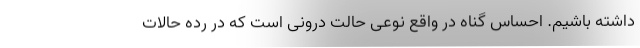
داشته باشیم. احساس گناه در ‌واقع نوعی حالت درونی است که در رده حالات